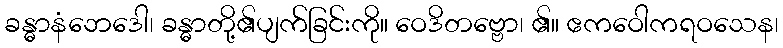
ခန္ဓာနံဘေဒေါ၊ ခန္ဓာတို့၏ပျက်ခြင်းကို။ ဝေဒိတဗ္ဗော၊ ၏။ ဧကဝေါကရဝသေန၊